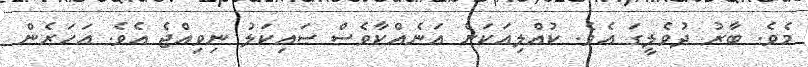
މެވެ. ބާރު ދުވެލީގަ އެވެ. ކުއްލިއަކަށް އަނެއްކާވެސް ސައިކަލު ނިވިއްޖެ އެވެ. އަހަރެން